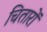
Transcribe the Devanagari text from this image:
चितारों